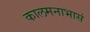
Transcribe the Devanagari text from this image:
कालमनाभासं